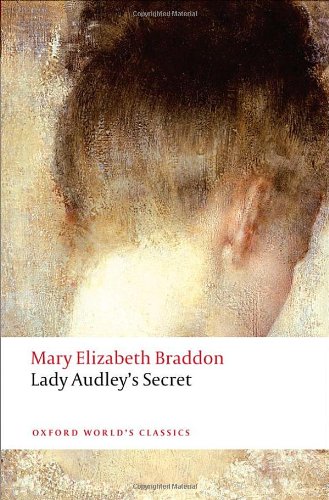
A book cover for Lady Audley's Secret (Oxford World's Classics); Mary Elizabeth Braddon; Literature & Fiction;